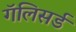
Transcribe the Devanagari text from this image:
गॅलिसर्ड